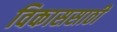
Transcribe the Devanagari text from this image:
विकाससाठी